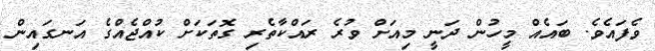
ވެފައެވެ. ބައެއް މީހުން ދަނީ މިއަށް ވުރެ ރައްކާތެރި ގޮތަކަށް ކުއްޖެއްގެ އަނގައިން